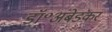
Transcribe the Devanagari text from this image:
डॉ॰अंबेडकर